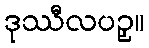
ဒုဿီလပဥှ။